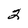
Character: 2